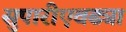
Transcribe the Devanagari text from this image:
सुपारीएवढ्या